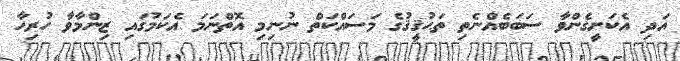
އަދި އެކަށީގެންވާ ސަބަބެއްނެތި ތަޙުޤީޤުގެ މަސައްކަތް ނުނިމި އޮތްނަމަ އެކަމުގައި ޒިންމާވާ ހުރިހާ